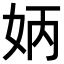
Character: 𡛦